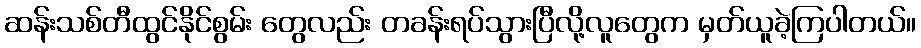
ဆန်းသစ်တီထွင်နိုင်စွမ်း တွေလည်း တခန်းရပ်သွားပြီလို့လူတွေက မှတ်ယူခဲ့ကြပါတယ်။